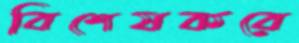
বিশেষকরে